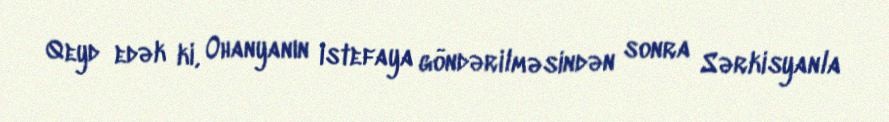
Qeyd edək ki, Ohanyanın istefaya göndərilməsindən sonra Sərkisyanla